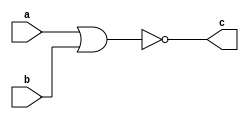
//Exercicio 2
//Nome: Vitor Angelo Lima
//Matrcula: 451621

module  norgate( output c, input a, input b);
	assign c = ~(a | b);
endmodule

module testgate;
	reg a, b;
	wire c;
	norgate nor1 (c, a, b);
	
	initial begin
		a = 0;
		b = 0;
	end
	
	initial begin
		$monitor ("~( %b | %b ) = %b", a, b, c);
		#1 a = 0; b = 0;
		#1 a = 0; b = 1;
		#1 a = 1; b = 1;
		#1 a = 1; b = 0;
	end
endmodule